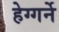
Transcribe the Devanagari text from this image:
हेग्गर्ने